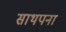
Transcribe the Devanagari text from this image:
साथपना